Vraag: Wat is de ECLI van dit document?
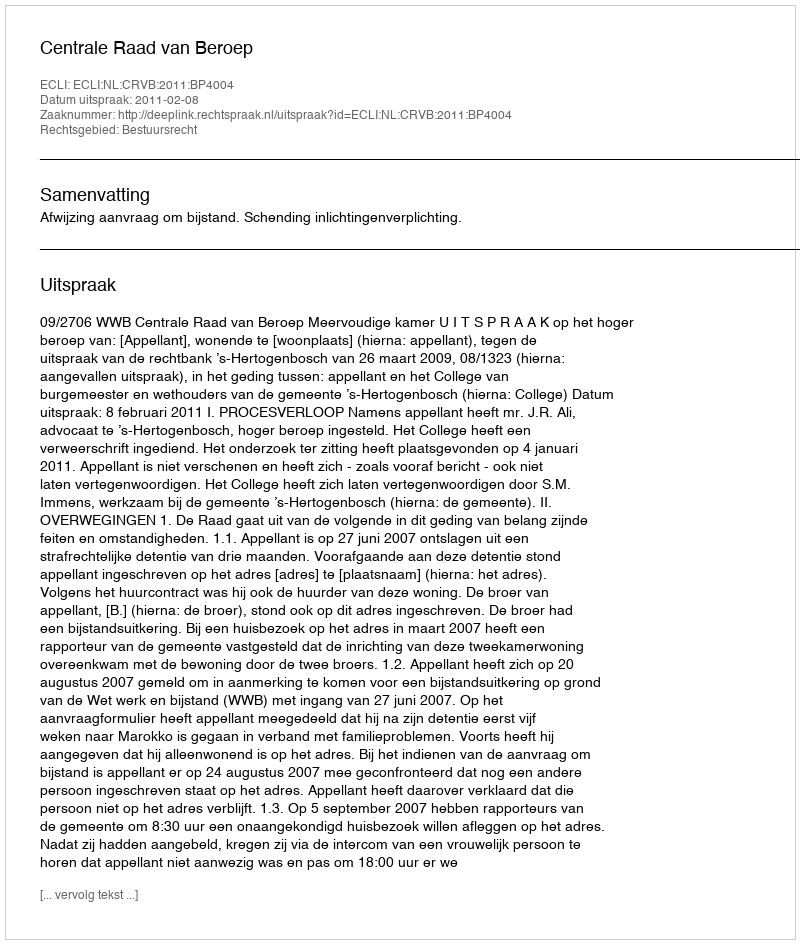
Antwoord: ECLI:NL:CRVB:2011:BP4004